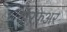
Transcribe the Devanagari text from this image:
वॉरफ़ेअर